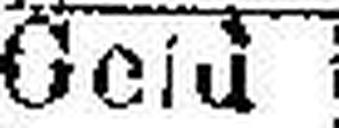
Geld